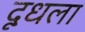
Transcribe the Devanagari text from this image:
दूधला